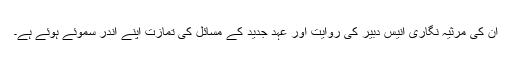
ان کی مرثیہ نگاری انیس دبیر کی روایت اور عہد جدید کے مسائل کی تمازت اپنے اندر سموئے ہوئے ہے۔